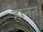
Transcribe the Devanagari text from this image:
हार्नन